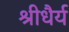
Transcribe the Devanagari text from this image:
श्रीधैर्य